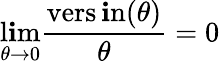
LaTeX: \operatorname*{l\mathbf{i}m}_{\theta\to0}{\frac{{\operatorname{vers\mathbf{i}n}(\theta)}}{{\theta}}}=0